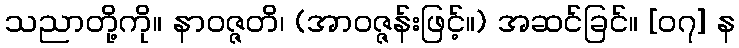
သညာတို့ကို။ နာဝဇ္ဇတိ၊ (အာဝဇ္ဇန်းဖြင့်။) အဆင်ခြင်။ [၀၇] န